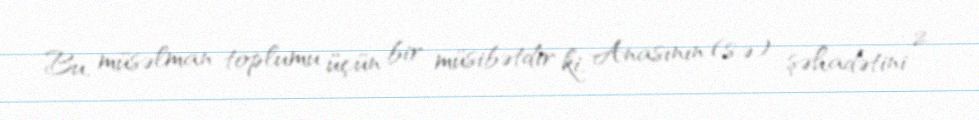
Bu, müsəlman toplumu üçün bir müsibətdir ki, Anasının (s.ə) şəhadətini 2